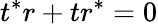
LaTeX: t^{*}r+tr^{*}=0